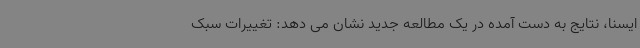
ایسنا، نتایج به دست آمده در یک مطالعه جدید نشان می دهد: تغییرات سبک